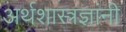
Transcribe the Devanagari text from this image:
अर्थशास्त्रज्ञांनी